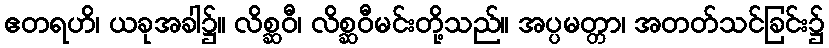
ဧတရဟိ၊ ယခုအခါ၌။ လိစ္ဆဝီ၊ လိစ္ဆဝီမင်းတို့သည်။ အပ္ပမတ္တာ၊ အတတ်သင်ခြင်း၌